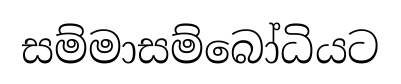
සම්මාසම්බෝධියට